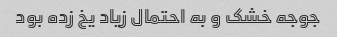
جوجه خشک و به احتمال زیاد یخ زده بود